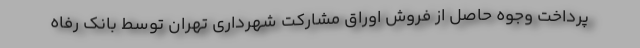
پرداخت وجوه حاصل از فروش اوراق مشارکت شهرداری تهران توسط بانک رفاه